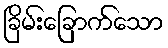
ခြိမ်းခြောက်သော